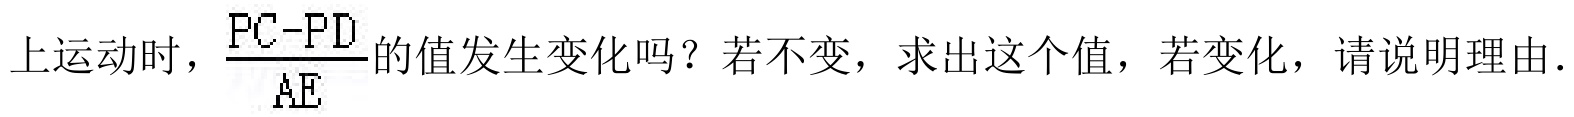
上运动时，\(\frac{PC - PD}{AE}\)的值发生变化吗？若不变，求出这个值，若变化，请说明理由．